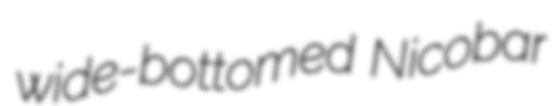
wide-bottomed Nicobar